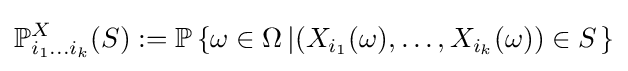
\mathbb {P} _{i_{1}\dots i_{k}}^{X}(S):=\mathbb {P} \left\{\omega \in \Omega \left|\left(X_{i_{1}}(\omega ),\dots ,X_{i_{k}}(\omega )\right)\in S\right.\right\}